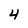
Character: 4